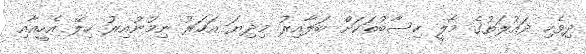
ދިވެހި ދައުލަތުގެ މާލީ ހިސާބުތަކަށް ބަލާއިރު މިދިޔަ އަހަރު ނިމުނުއިރު ހިލޭ އެހީއާއި